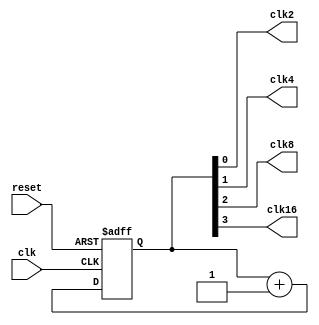
module newBinary(clk2,clk4,clk8,clk16,clk,reset);
  input clk,reset;
  output clk2,clk4,clk8,clk16;
  reg [3:0] counter;
  assign clk2=counter[0];
  assign clk4=counter[1];
  assign clk8=counter[2];
  assign clk16=counter[3];
  
  
  always@(posedge clk or posedge reset)
    begin
      if (reset)
        counter<=0;
      else

    counter<=counter+1;
    end
 
  
endmodule